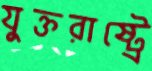
যুক্তরাষ্ট্রে